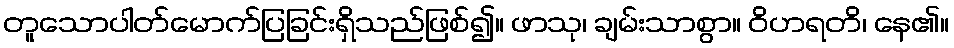
တူသောပါတ်မောက်ပြခြင်းရှိသည်ဖြစ်၍။ ဖာသု၊ ချမ်းသာစွာ။ ဝိဟရတိ၊ နေ၏။